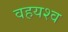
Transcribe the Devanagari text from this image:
वहयश्व